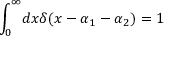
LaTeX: { \int _ { 0 } ^ { \infty } } d x \delta ( x - \alpha _ { 1 } - \alpha _ { 2 } ) = 1